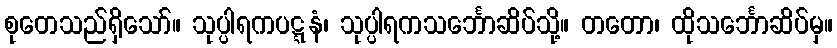
စုတေသည်ရှိသော်။ သုပ္ပါရကပဋ္ဋနံ၊ သုပ္ပါရကသင်္ဘောဆိပ်သို့။ တတော၊ ထိုသင်္ဘောဆိပ်မှ။